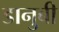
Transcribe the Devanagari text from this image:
डानुबी